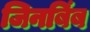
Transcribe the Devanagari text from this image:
जिनबिंब